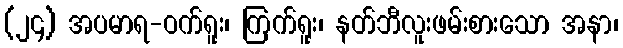
(၂၄) အပမာရ-ဝက်ရူး၊ ကြက်ရူး၊ နတ်ဘီလူးဖမ်းစားသော အနာ၊